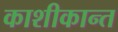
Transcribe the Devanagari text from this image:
काशीकान्त